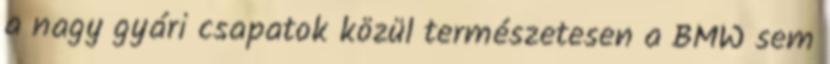
a nagy gyári csapatok közül természetesen a BMW sem